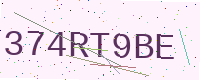
Text: 374RT9BE